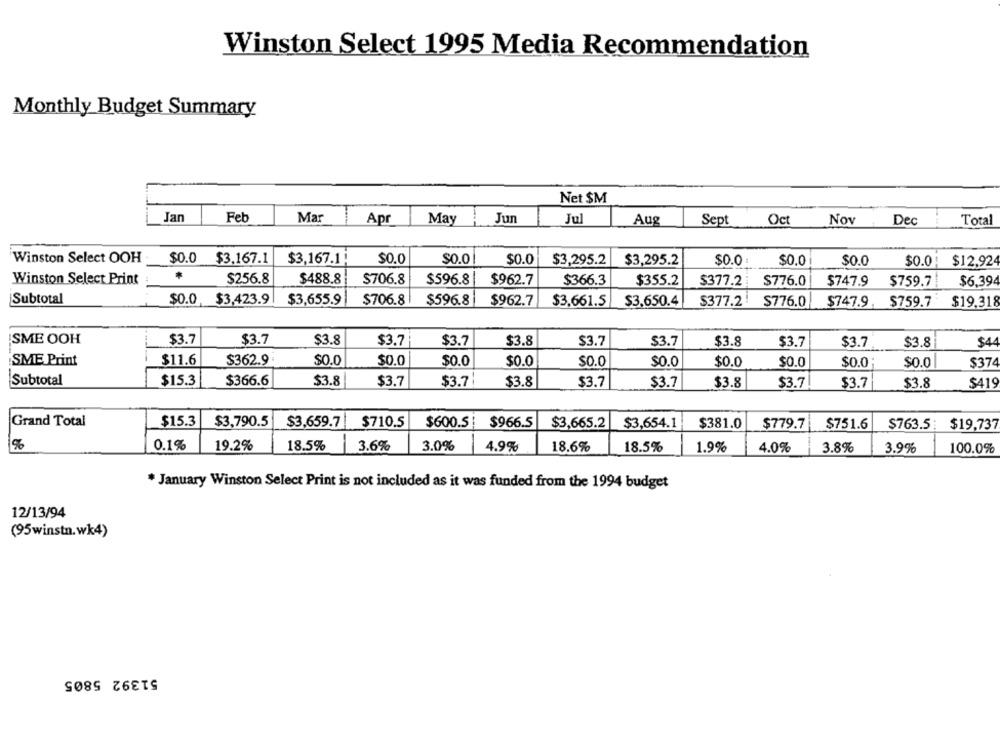
Winston Select 1995 Media Recommendation
Monthly Budget Summary
Net $M
Jar
Feb
Mar
Apr
May
Jun
Jul
Aug
Sept
Oct
Nov
Dec
Total
Winston Select OOH
$0.0 $3.167.1
$3,167.1;
$0.0
$0.0
$0.0
$3,295.2
$3,295.2
$0.0
$0.0
$0.0
$0.0 ; $12,924
Winston Select Print
$256.8
$488.8
$706.8
$596.8
$962.7
$366.3
$355.2
$377.2
$776.0
$747.9
$759.7|
$6.39
Subtotal
$0.0 , $3,423.9 | $3,655.9
$706.8
$596.8
$962.7
$3,661.5
$3.650.4
$377.2!
$776.0
$747.9, $759.7
$19.318
SME OOH
$3.7
$3.7
$3.8
$3.7
$3.7
$3.8
$3.7
$3.7
$4
$3.8
$3.7
$3.7
$3.8
SME Print
$11.6
$362.9
$0.0
$0.0
$0.0
$0.0
$0.0
$0.0
$0.0
$0.0
$0.0
$374
$0.0
Subtotal
$15.3
$366.6
$3.8
$3.7
$3.7
$3.8
$3.7
$3.7
$3.8
$3.7
$3.7
$3.8
$419
Grand Total
$15.3
$3,790.5
$3,659.7
$710.5
$600.5
$966.5
$3,665.2
$3,654.1
$381.0
$779.7
$751.6
$763.5 :
$19,737
18.5%
%
0.1%
19.2%
3.6%
3.0%
4.9%
18.6%
18.5%
1.9%
4.0%
3.8%
3.9%
100.0%
* January Winston Select Print is not included as it was funded from the 1994 budget
12/13/94
(95winstn.wk4)
51392 5805